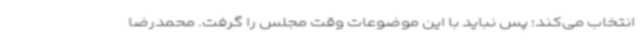
انتخاب می‌کند؛ پس نباید با این موضوعات وقت مجلس را گرفت. محمدرضا